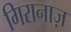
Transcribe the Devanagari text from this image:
गिरानाज़